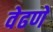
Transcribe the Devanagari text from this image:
वेढणे